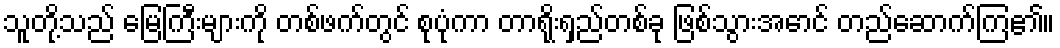
သူတို့သည် မြေကြီးများကို တစ်ဖက်တွင် စုပုံကာ တာရိုးရှည်တစ်ခု ဖြစ်သွားအောင် တည်ဆောက်ကြ၏။